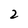
Character: 2